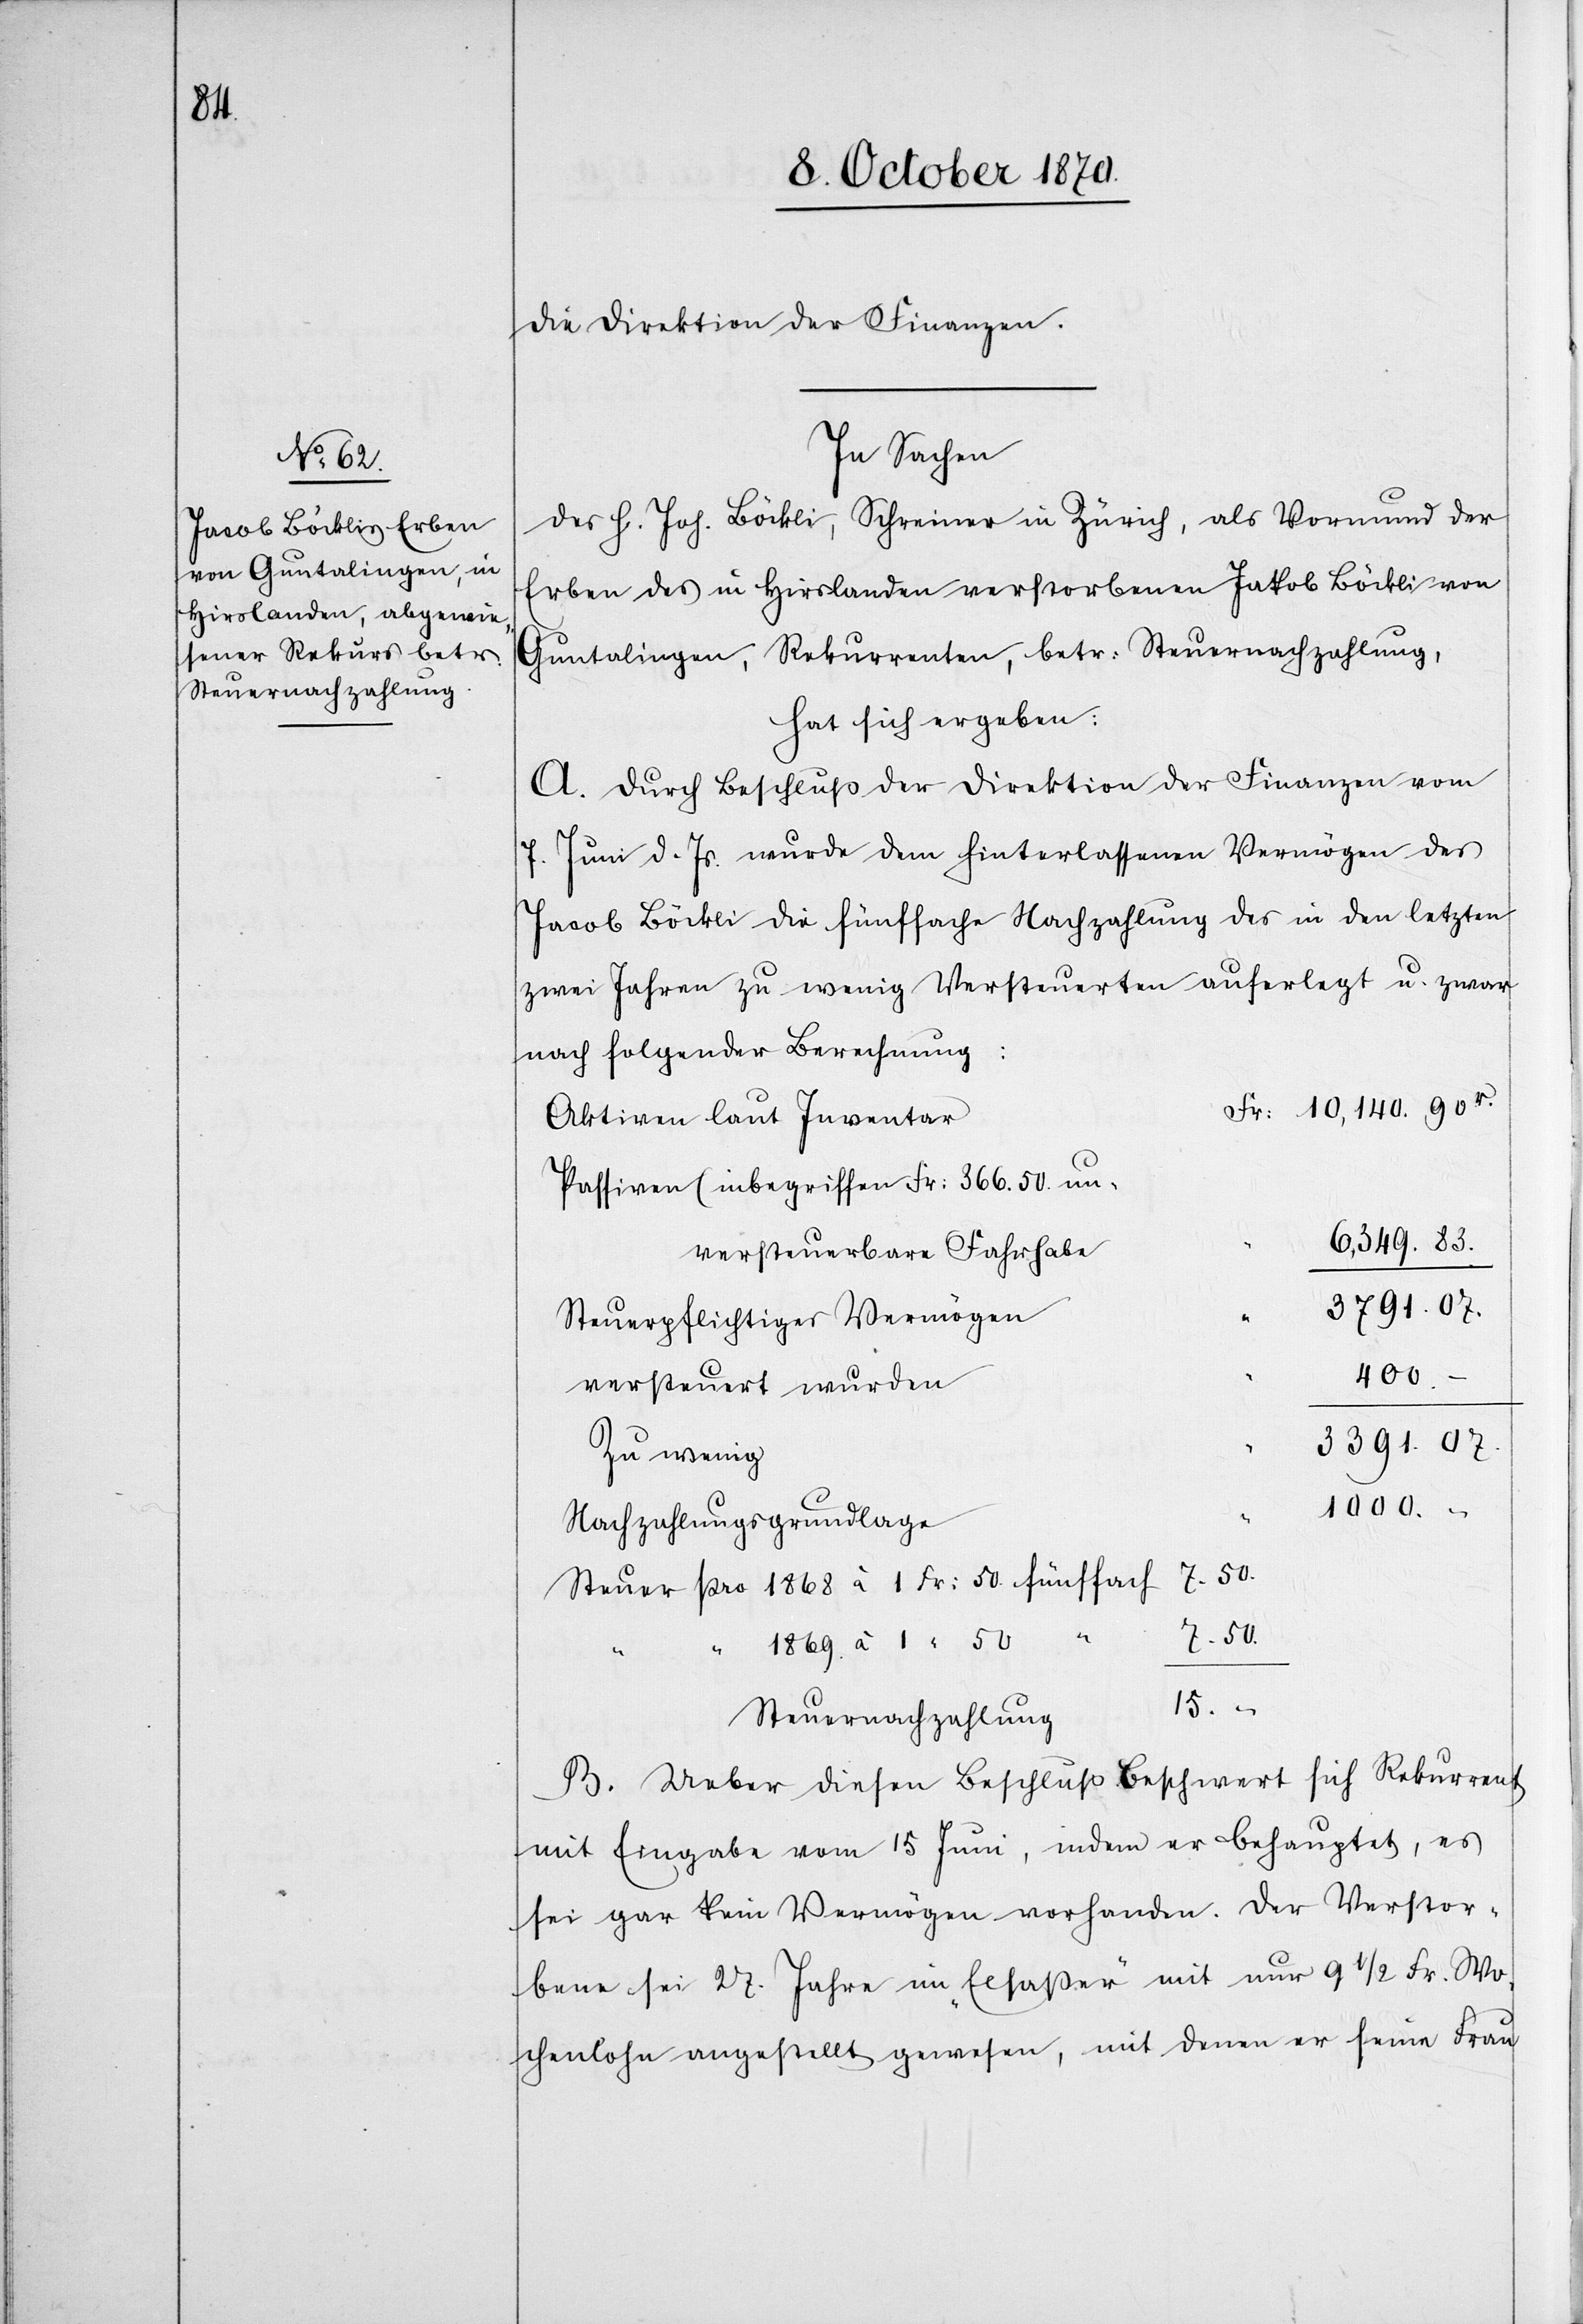
Steuernachzahlung

die Direktion der Finanzen.
In Sachen
des H. Joh. Böckli, Schreiner in Zürich, als Vormund der
Erben des in Hirslanden verstorbenen Jakob [sic!] Böckli von
Guntalingen, Rekurrenten, betr: Steuernachzahlung,
hat sich ergeben:
A. Durch Beschluß der Direktion der Finanzen vom
7. Juni d. Js. wurde dem hinterlassenen Vermögen des
Jacob Böckli die fünffache Nachzahlung des in den letzten
zwei Jahren zu wenig Versteuerten auferlegt u. zwar
nach folgender Berechnung:
Aktiven laut Inventar
Passiven (inbegriffen Fr: 366.50 un¬
6,349.83
versteuerbare Fahrhabe[)]
3791.07.
Steuerpflichtiges Vermögen
400.–
versteuert wurden
3391.07
zu wenig
1000.–
Nachzahlungsgrundlage
Steuer pro 1868 à 1 Fr: 50 fünffach 7.50
7.50
1869 à 1 “ 50
15.–
B. Ueber diesen Beschluß beschwert sich Rekurrent
mit Eingabe vom 15 Juni, indem er behauptet, es
sei gar kein Vermögen vorhanden. Der Verstor¬
bene sei 27. Jahre im „Elsaßer“ mit nur 9 1/2 Fr. Wo¬
chenlohn angestellt gewesen, mit denen er seine Frau